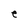
Character: e